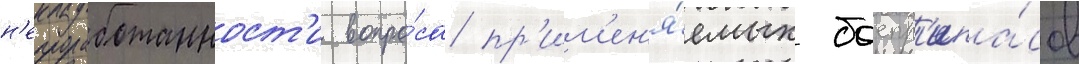
н'епроработанност'и вопро́са пр'им'ен'я́емых боепр'ипа́сов